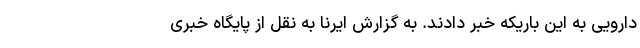
دارویی به این باریکه خبر دادند. به گزارش ایرنا به نقل از پایگاه خبری